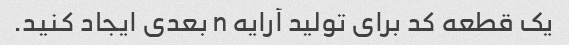
یک قطعه کد برای تولید آرایه n بعدی ایجاد کنید.